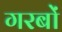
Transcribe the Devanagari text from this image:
गरबों